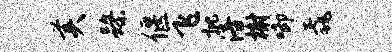
美躁偃飞批涪榭唧毳